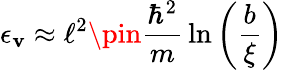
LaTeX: \epsilon_{\mathbf{v}}\approx\ell^{2}\pin{\frac{{\hbar^{2}}}{{m}}}\ln\left({\frac{{b}}{{\xi}}}\right)